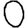
Digit: 0